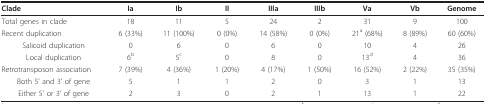
<table><thead><tr><td><b>Clade</b></td><td><b>Ia</b></td><td><b>Ib</b></td><td><b>II</b></td><td><b>IIIa</b></td><td><b>IIIb</b></td><td><b>Va</b></td><td><b>Vb</b></td><td><b>Genome</b></td></tr></thead><tbody><tr><td>Total genes in clade</td><td>18</td><td>11</td><td>5</td><td>24</td><td>2</td><td>31</td><td>9</td><td>100</td></tr><tr><td>Recent duplication</td><td>6 (33%)</td><td>11 (100%)</td><td>0 (0%)</td><td>14 (58%)</td><td>0 (0%)</td><td>21<sup>a </sup>(68%)</td><td>8 (89%)</td><td>60 (60%)</td></tr><tr><td>Salicoid duplication</td><td>0</td><td>6</td><td>0</td><td>6</td><td>0</td><td>10</td><td>4</td><td>26</td></tr><tr><td>Local duplication</td><td>6<sup>b</sup></td><td>5<sup>c</sup></td><td>0</td><td>8</td><td>0</td><td>13<sup>d</sup></td><td>4</td><td>36</td></tr><tr><td>Retrotransposon association</td><td>7 (39%)</td><td>4 (36%)</td><td>1 (20%)</td><td>4 (17%)</td><td>1 (50%)</td><td>16 (52%)</td><td>2 (22%)</td><td>35 (35%)</td></tr><tr><td>Both 5&#x27; and 3&#x27; of gene</td><td>5</td><td>1</td><td>1</td><td>2</td><td>0</td><td>3</td><td>1</td><td>13</td></tr><tr><td>Either 5&#x27; or 3&#x27; of gene</td><td>2</td><td>3</td><td>0</td><td>2</td><td>1</td><td>13</td><td>1</td><td>22</td></tr></tbody></table>